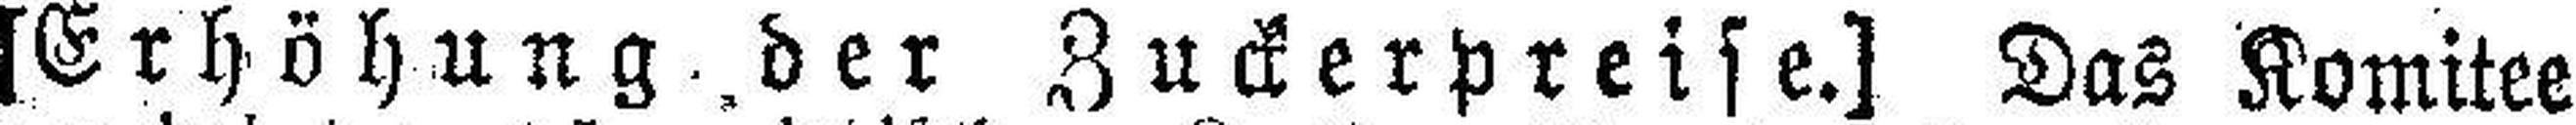
[Erhöhung der Zuckerpreise.] Das Komitee